Vana-Kasaritsa_(Kasaritsa)_vallavalitsus, lk 7
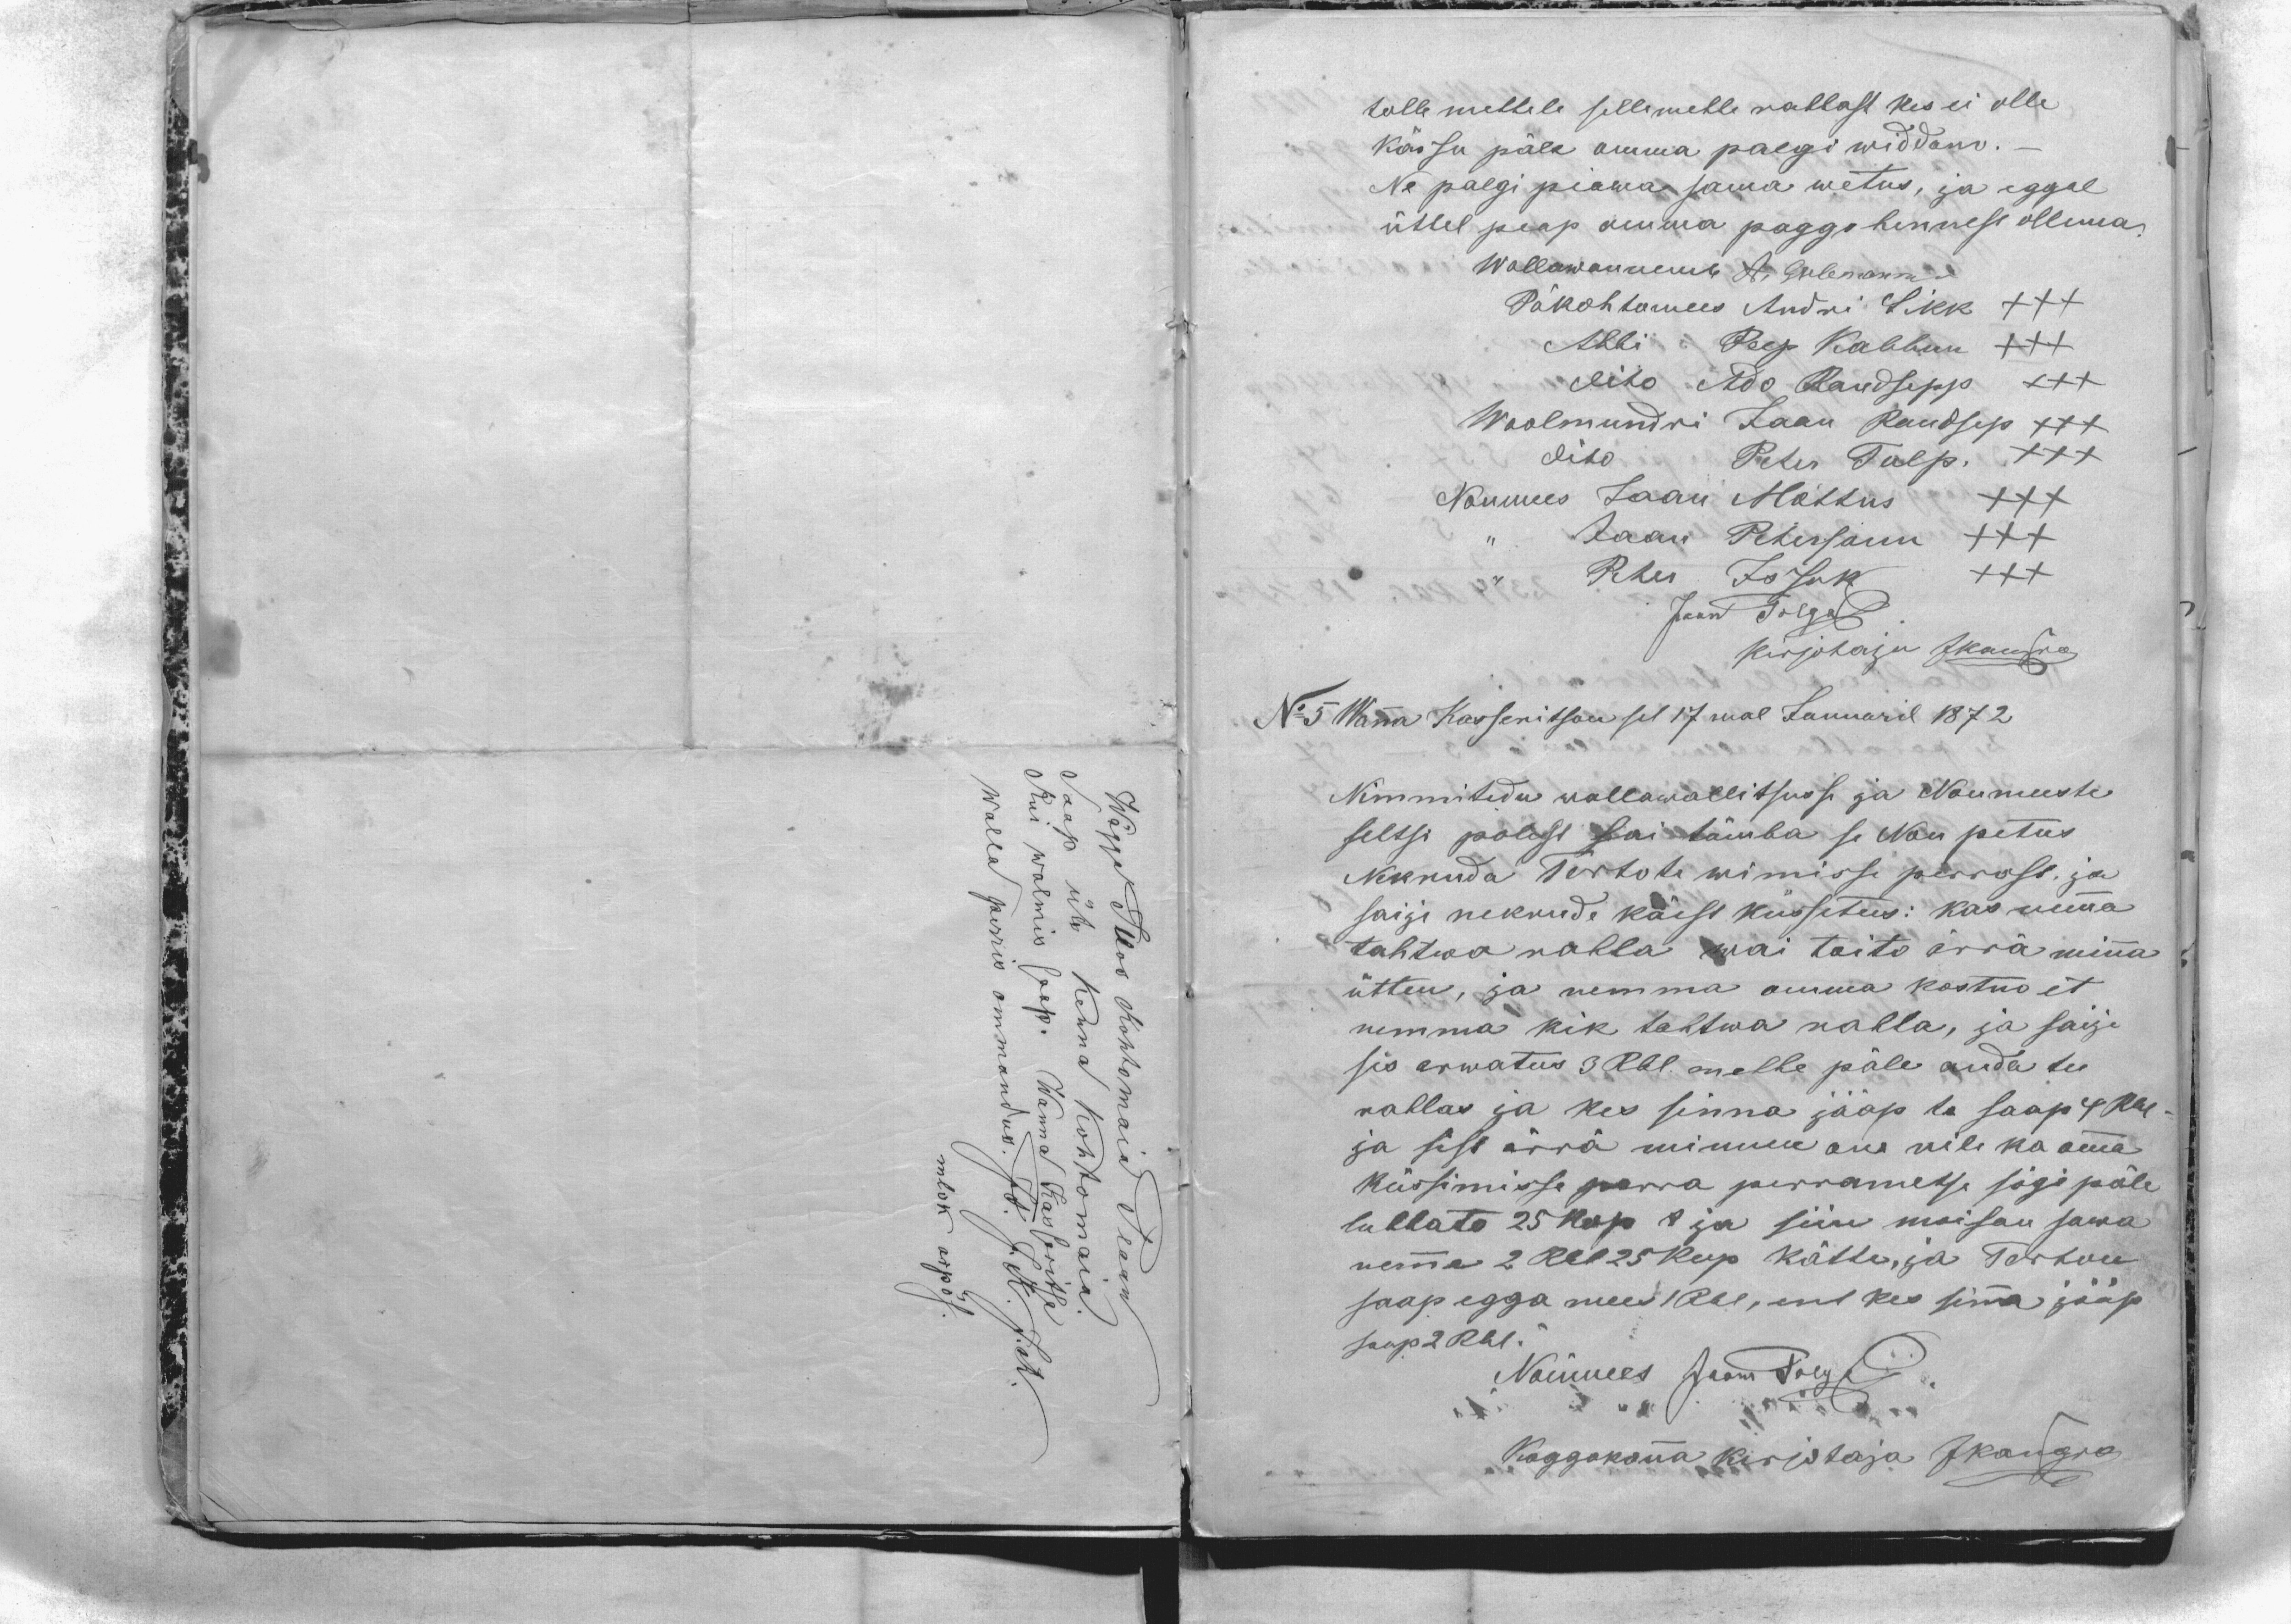
Wägga Illos Kohtomaia Plaan
Saap üts Kenna Kohtomaia.
kui walmis saap. Wanna Kasseritse
walla perris ommandus. Jt. J.K. J. R.

tolle mehhele selle mehhe rahhast kes ei olle
kässu päle omma palgi widdanu.-
Ne palgi piawa sama wetus, ja eggal
üttel peap omma paggo hennese ollema.
Wallawannemb A, Erlemann
Päkohtomees Andri Sikk XXX
Abbi Peep Kabbun XXX
dito Ado Raudsepp XXX
Woolmundri Jaan Raudsep XXX
dito Peter Tulp. XXX
Noumees Jaan Mõttus XXX
,, Jaan Petersonn XXX
,, Peter Issak XXX
Jaan Tolga .
kirjotaja Jkangro
No 5 Wanna Kasseritsan sel 17mal Januaril 1872
Nimmitedu wallawallitsusse ja Noumeeste
seltsi polest sai tämba se Nou petus
Nekruda Tertote wimisse perrast, ja
saije nekrude käest küssetus: kas nemma
tahtwa rahha wai toito ärra minna
ütten, ja nemma omma kostno et
nemma kik tahtwa rahha, ja saije
sis arwatus 3 Rbl. mehhe päle anda tee
rahhas ja kes sinna jääp ta saap 4 Rbl
ja sest ärra minnen om nile ka omma
küssimisse perra perrametse sögi päle
lubbato 25 kop  ja siin moisan sawa
nemma 2 Rbl 25 kop kätte, ja Tertun
saap egga mees 1 Rbl, ent kes sinna jääp
saap 2 Rbl.
Nõumees Jaan Tolga .
Koggokonna kirjotaja Jkangro